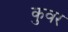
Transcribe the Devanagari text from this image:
कुवर